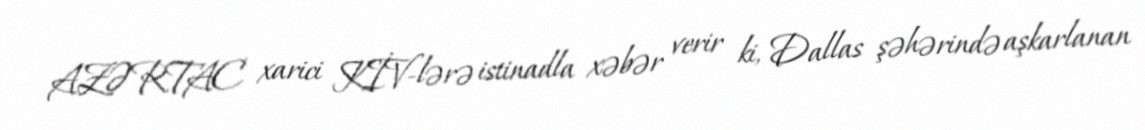
AZƏRTAC xarici KİV-lərə istinadla xəbər verir ki, Dallas şəhərində aşkarlanan